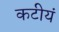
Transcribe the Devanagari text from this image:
कटीयं